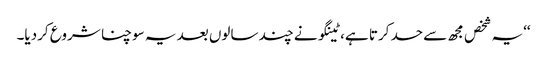
‘‘یہ شخص مجھ سے حسد کرتا ہے، ٹینگو نے چند سالوں بعد یہ سوچنا شروع کردیا۔